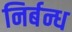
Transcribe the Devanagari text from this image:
निर्बन्ध